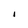
Character: I